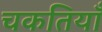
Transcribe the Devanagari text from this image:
चकतियाँ